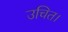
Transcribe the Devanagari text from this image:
उचित।